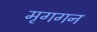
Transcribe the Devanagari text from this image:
मृगगन